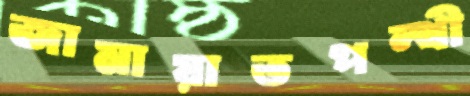
জামায়াতপন্থী